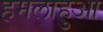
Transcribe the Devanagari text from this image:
हमलाहुआ